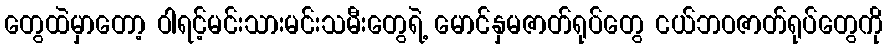
တွေထဲမှာတော့ ဝါရင့်မင်းသားမင်းသမီးတွေရဲ့ မောင်နှမဇာတ်ရုပ်တွေ ငယ်ဘဝဇာတ်ရုပ်တွေကို